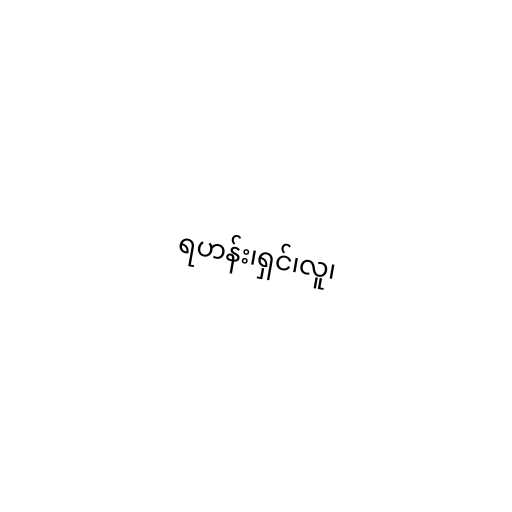
ရဟန်း၊ရှင်၊လူ၊